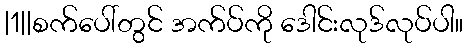
|1||စက်ပေါ်တွင် အက်ပ်ကို ဒေါင်းလုဒ်လုပ်ပါ။